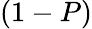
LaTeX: (1-P)